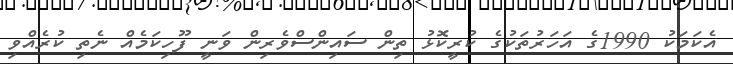
އެކަމަކު 1990ގެ އަހަރުތަކުގެ ކުރީކޮޅު ތިން ސައިންސްވެރިން ވަނީ ފޫހިކަމެއް ނެތި ކުރެއްވި